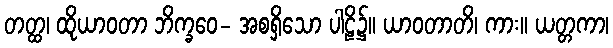
တတ္ထ၊ ထိုယာဝတာ ဘိက္ခဝေ- အစရှိသော ပါဠိ၌။ ယာဝတာတိ၊ ကား။ ယတ္တကာ၊